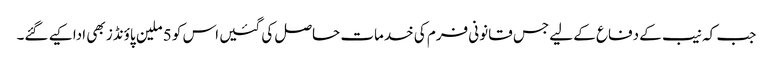
جب کہ نیب کے دفاع کے لیے جس قانونی فرم کی خدمات حاصل کی گئیں اس کو 5 ملین پاؤنڈز بھی ادا کیے گئے۔